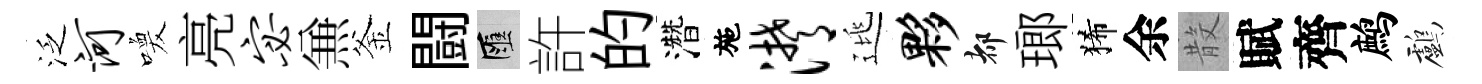
泛河喚亮宓𠔥釜闘匯許的濳施潸逃夥都瑯狶余𣪚賦齊鹧鸕